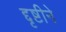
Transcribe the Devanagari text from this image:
द्दृष्टीने